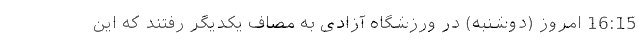
16:15 امروز (دوشنبه) در ورزشگاه آزادی به مصاف یکدیگر رفتند که این